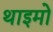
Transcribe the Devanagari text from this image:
थाइमो